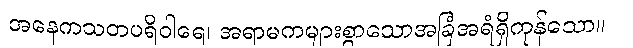
အနေကသတပရိဝါရေ၊ အရာမကများစွာသောအခြံအရံရှိကုန်သော။